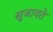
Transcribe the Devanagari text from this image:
खुजावते